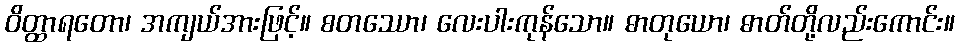
ဝိတ္ထာရတော၊ အကျယ်အားဖြင့်။ စတဿော၊ လေးပါးကုန်သော။ ဓာတုယော၊ ဓာတ်တို့လည်းကောင်း။